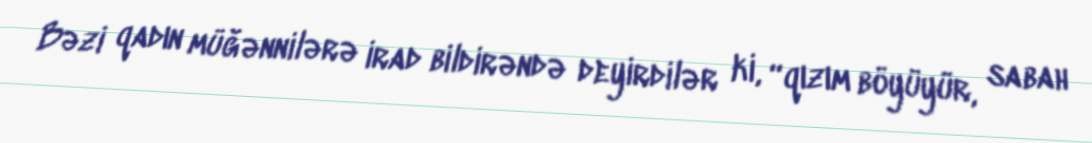
Bəzi qadın müğənnilərə irad bildirəndə deyirdilər ki, “qızım böyüyür, sabah